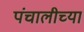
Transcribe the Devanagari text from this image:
पंचालीच्या